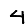
Digit: 4